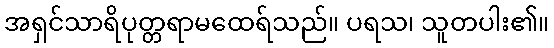
အရှင်သာရိပုတ္တရာမထေရ်သည်။ ပရသ၊ သူတပါး၏။